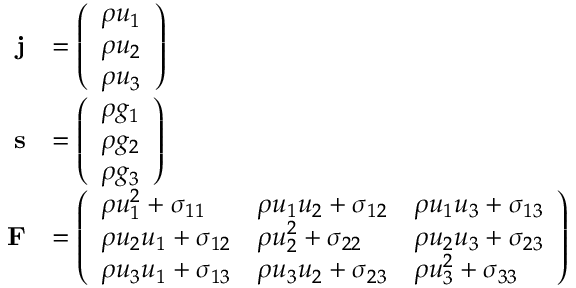
{ \begin{array} { r l } { { \mathbf { j } } } & { = { \left( \begin{array} { l } { \rho u _ { 1 } } \\ { \rho u _ { 2 } } \\ { \rho u _ { 3 } } \end{array} \right) } } \\ { { \mathbf { s } } } & { = { \left( \begin{array} { l } { \rho g _ { 1 } } \\ { \rho g _ { 2 } } \\ { \rho g _ { 3 } } \end{array} \right) } } \\ { { \mathbf { F } } } & { = { \left( \begin{array} { l l l } { \rho u _ { 1 } ^ { 2 } + \sigma _ { 1 1 } } & { \rho u _ { 1 } u _ { 2 } + \sigma _ { 1 2 } } & { \rho u _ { 1 } u _ { 3 } + \sigma _ { 1 3 } } \\ { \rho u _ { 2 } u _ { 1 } + \sigma _ { 1 2 } } & { \rho u _ { 2 } ^ { 2 } + \sigma _ { 2 2 } } & { \rho u _ { 2 } u _ { 3 } + \sigma _ { 2 3 } } \\ { \rho u _ { 3 } u _ { 1 } + \sigma _ { 1 3 } } & { \rho u _ { 3 } u _ { 2 } + \sigma _ { 2 3 } } & { \rho u _ { 3 } ^ { 2 } + \sigma _ { 3 3 } } \end{array} \right) } } \end{array} }